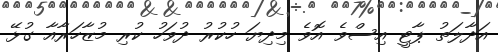
އަދާލަތު ޕާޓީ އިސްވެ އޮވެ މިދިޔަ ހުކުރު ދުވަހު ކުރި މުޒާހަރާއާ ގުޅޭ